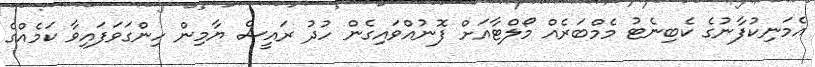
އެމަނިކުފާނުގެ ކެބިނެޓު މެމްބަރެއް މޯލްޓާއަށް ފޮނުއްވައިގެން ހުދު ރައީސް ޔާމިން ހިންގަވަފައިވާ ކަމެއްގެ